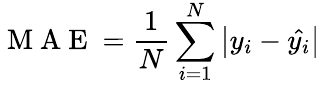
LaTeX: \mathrm{~M~A~E~}=\frac{1}{N}\sum_{i=1}^{N}\left|y_{i}-\hat{y_{i}}\right|